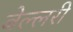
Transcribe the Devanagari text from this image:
बेल्लरी